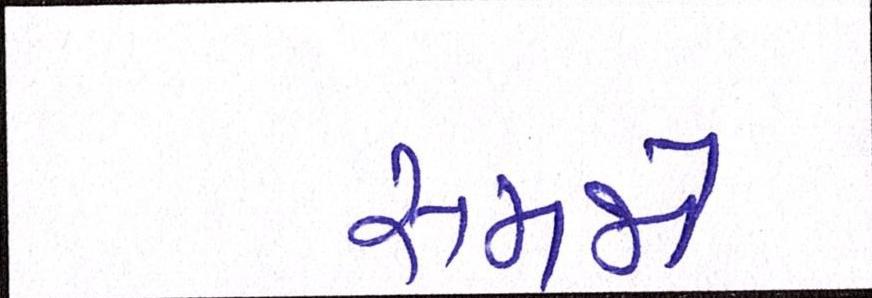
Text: સમજો